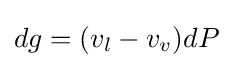
dg=(v_{l}-v_{v})dP